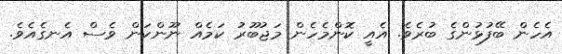
އެހެން ބޭފުޅުންގެ ބުރެވެ. އެއީ ކޮންމެހެން މަޖުބޫރު ކަމެއް ނޫންކަން ވެސް އެނގެއެވެ.